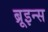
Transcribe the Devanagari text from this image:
ब्रूइन्स